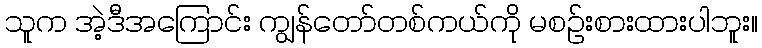
သူက အဲ့ဒီအကြောင်း ကျွန်တော်တစ်ကယ်ကို မစဉ်းစားထားပါဘူး။